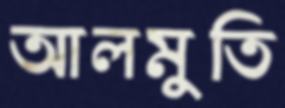
আলমুতি